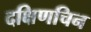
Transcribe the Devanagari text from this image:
दक्षिणचिन